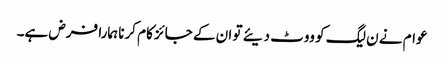
عوام نے ن لیگ کو ووٹ دیئے تو ان کے جائز کام کرنا ہمارا فرض ہے۔